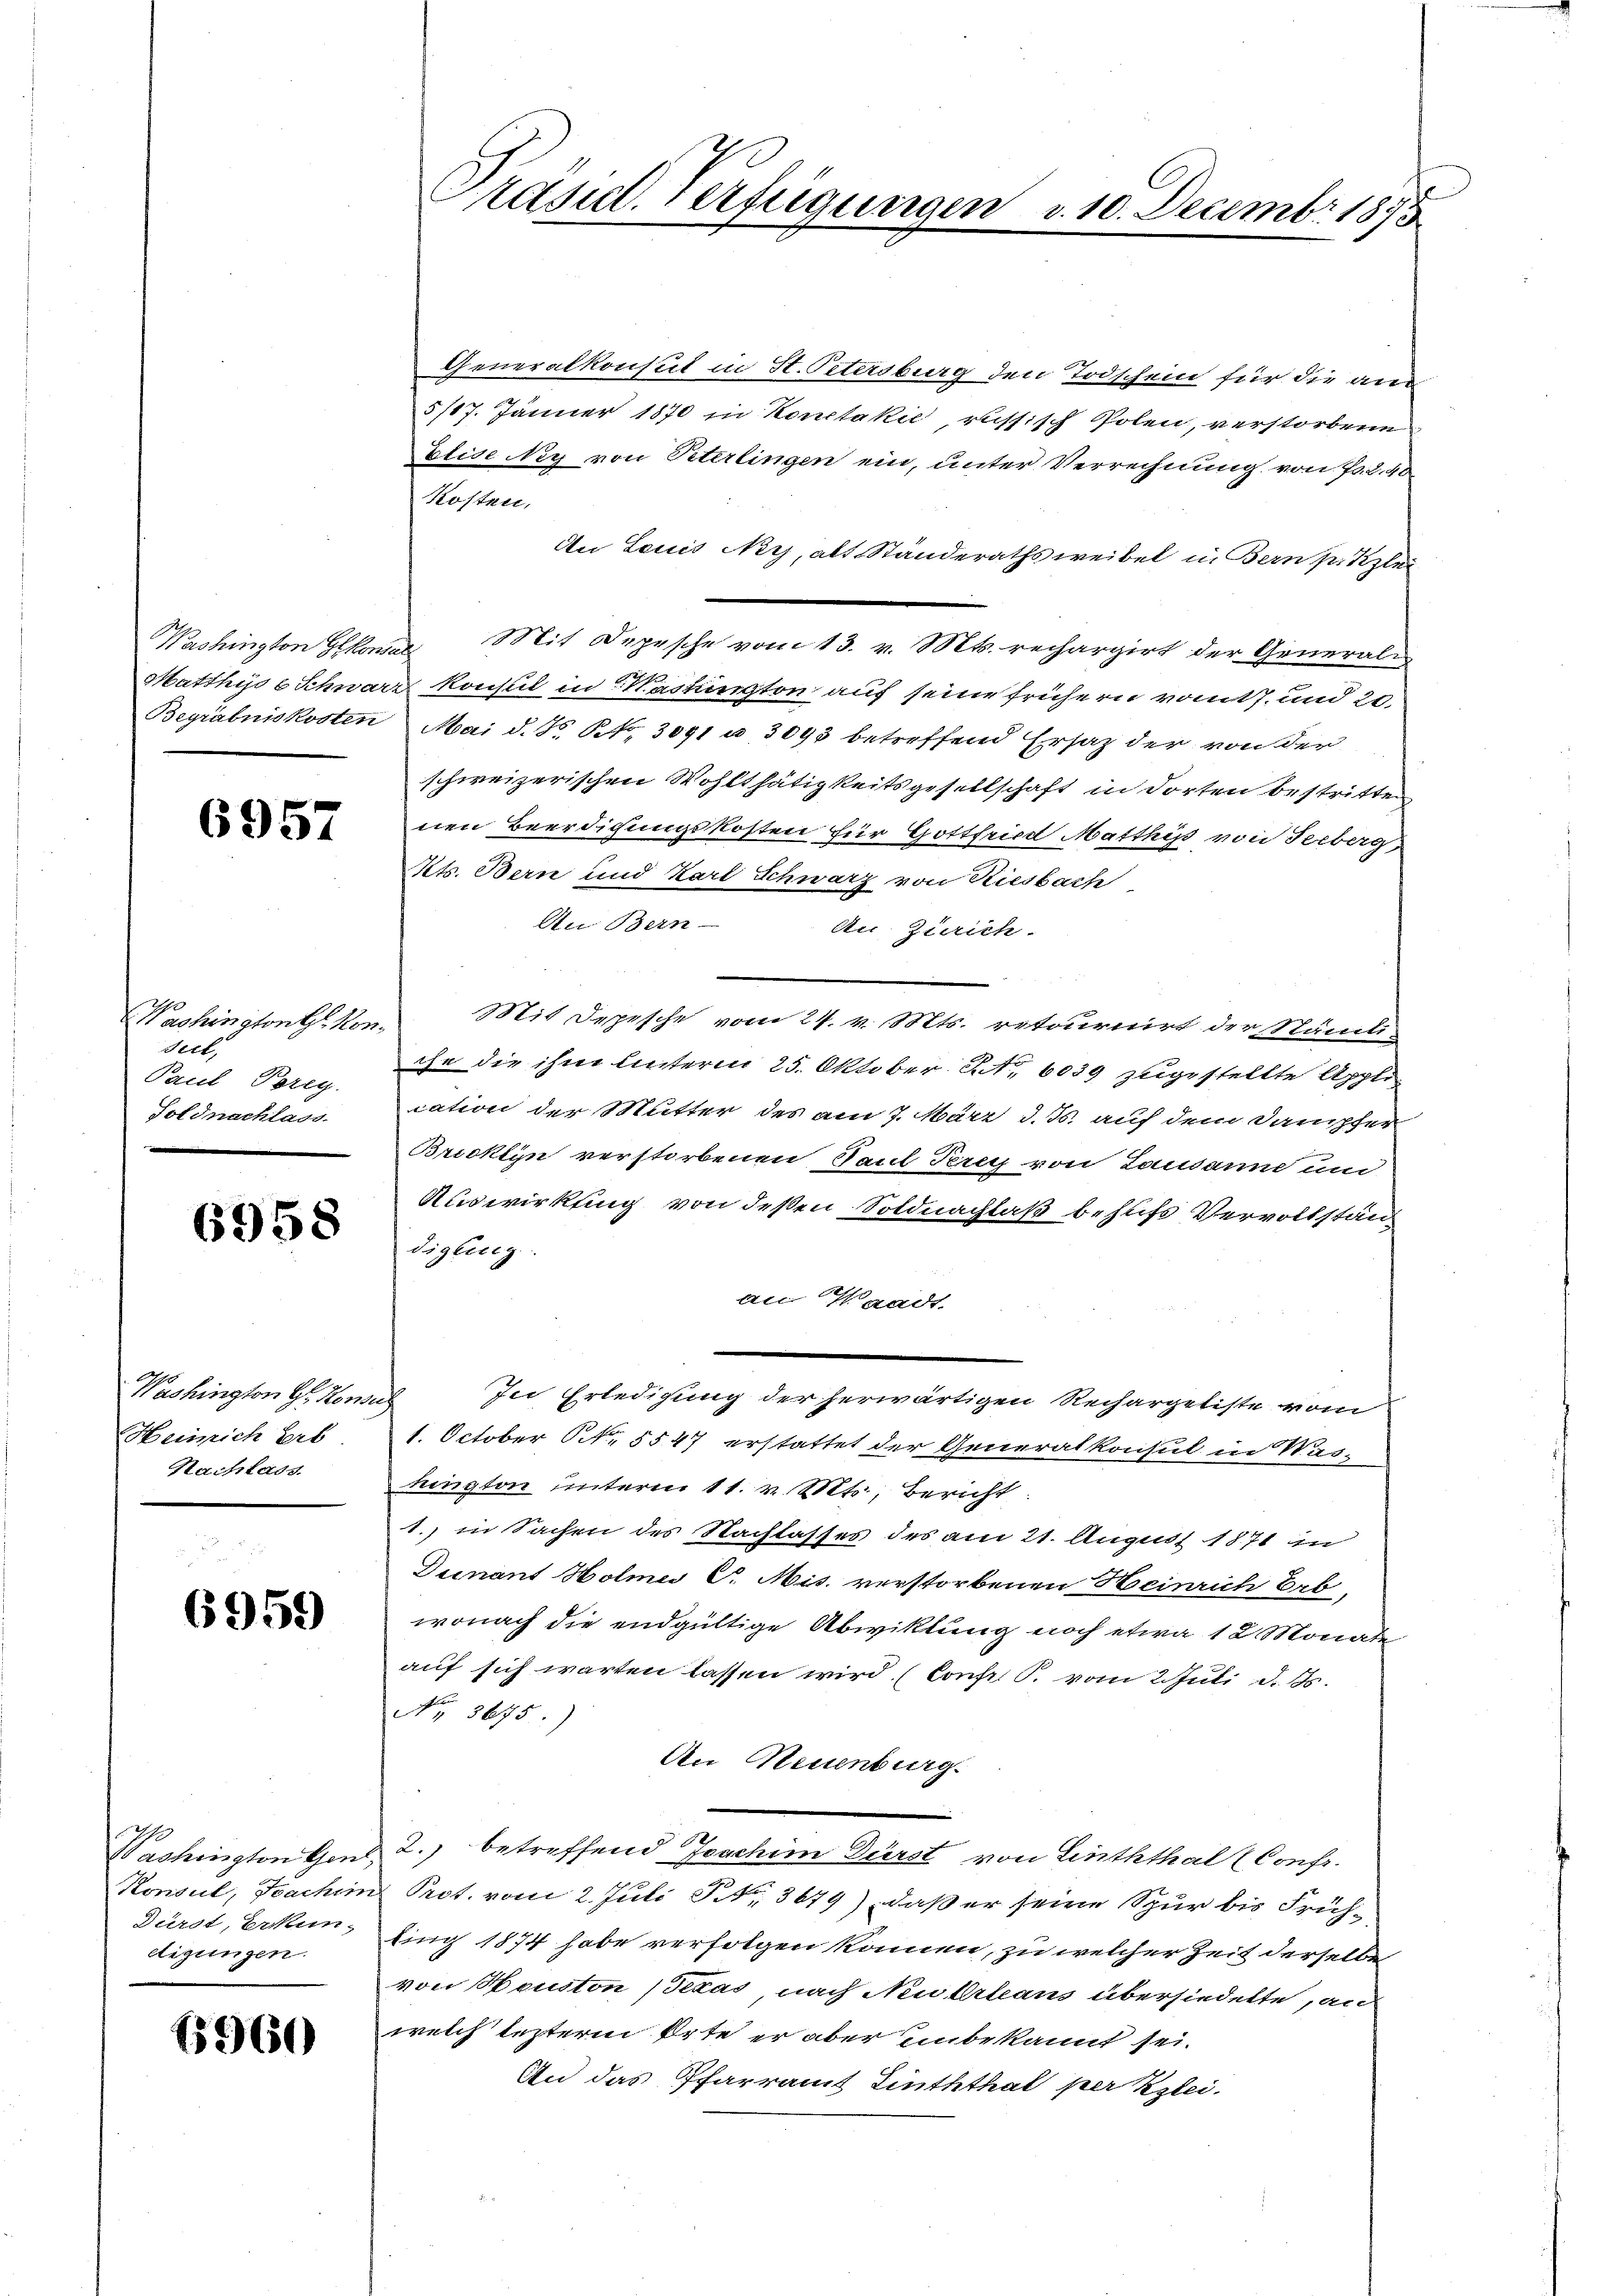
6957

Washington G. Konseil,
Paul Porey.
Foldnachlass

6958

Washington H. Honeg
Heinrich Erb
Nachlass.

6959

Washington Gen
Dürst, Erkun-
eigungen.

15960

Generalkonsul in St. Petersburg den Todschein für die aus
5/17. Jänner 1870 in Konctakić, russisch Polen, verstorbene
Elise Ney von Peterlingen ein, unter Verrechnung von Fr. 2. 40
kosten,
An Louis Nerj, alt Ständerathsweibel in Bern pr Klei
Washington Gekonser Mit Depesche vom 13. v. Mts. rechargirt der General-
Matthis 6 Schwarz konsul in Washington auf seine frühern vom 7. und 20.
Begräbniskosten Mai d. Js. S. 3091 u. 3093 betreffend Ersatz der von der
schweizerischen Wohlthätigkeitsgesellschaft in dorten bestritten
nen Beerdigungskosten für Gottfried Matthiss von Serberg
Kts. Bern und Karl Schwarz von Riesbach
An Bern-
Au Zürich.
Mit Depesche vom 24. v. Mts. retournirt der Ständi-
che die ihm hinterm 25. Oktober. Betr. 6039 zugestellte Application der Mutter des am 7. März d. Js. auf dem Dampfer
Bricklin verstorbenen Paul Terey von Lausanne und
Auswirkung von deßen Soldnachlaß behufs Vervollstän
digling
an Waadt.
In Erledigung der herwärtigen Rechargetiste vom
1. October N. 5547 erstattet der Generalkonsul in Washingten unterm 11. v. Mts., Bericht
1. in Sachen des Nachlasses des am 21. August 1871 in
Dunant Holme C. Mis. verstorbenen Heinrich Erb
wonach die endgültige Abwicklung noch etwa 12 Monate
auf sich warten lassen wird (Const P. vom 2. Juli d. Js.
Nr. 3675.)
An Neuenburg.
2.) betreffend Joachim Dürst von Linththal (Confr.
5
Konsul, Fachim Prot. vom 2. Juli S. 3679) daß er seine Spur bis Frühling 1874 habe verfolgen können, zu welcher Zeit derselb
von Houston (Texas, nach Neukrleans übersiedette, an
welch lezterm Orte er aber einbekannt sei.
An das Pfarramt Linththal per Klei

Präsid. Verfügungen v. 10. Decembr 1875